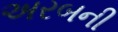
અરબની